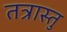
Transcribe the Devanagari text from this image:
तत्रास्तु